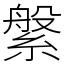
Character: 縏